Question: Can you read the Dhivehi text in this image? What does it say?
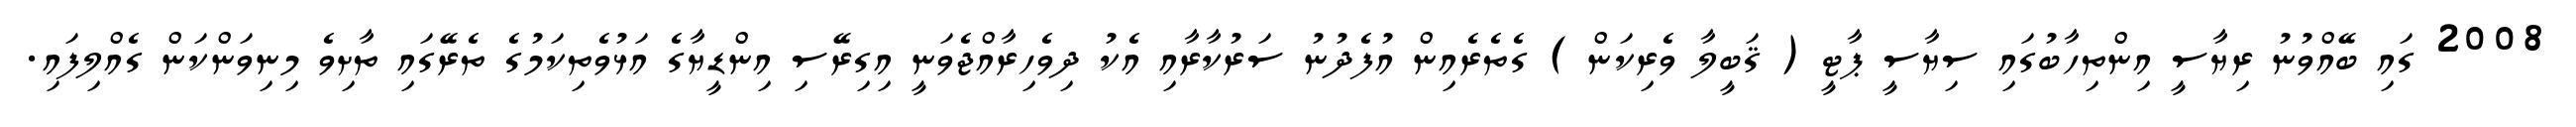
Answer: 2008 ގައި ބޭއްވުނު ރިޔާސީ އިންތިހާބުގައި ސިޔާސީ ޕާޓީ ( ޤަބީލާ ވެރިކަން ) ގެތެރެއިން އުފެދުނު ސަރުކާރާއި އެކު ދިވެހިރާއްޖެވަނީ އިގިރޭސި އިންޑީޔާގެ އަޅުވެތިކަމުގެ ތެރޭގައި ތާށިވެ މިނިވަންކަން ގެއްލިފައި.